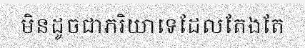
មិនដូចជាភរិយាទេដែលតែងតែ